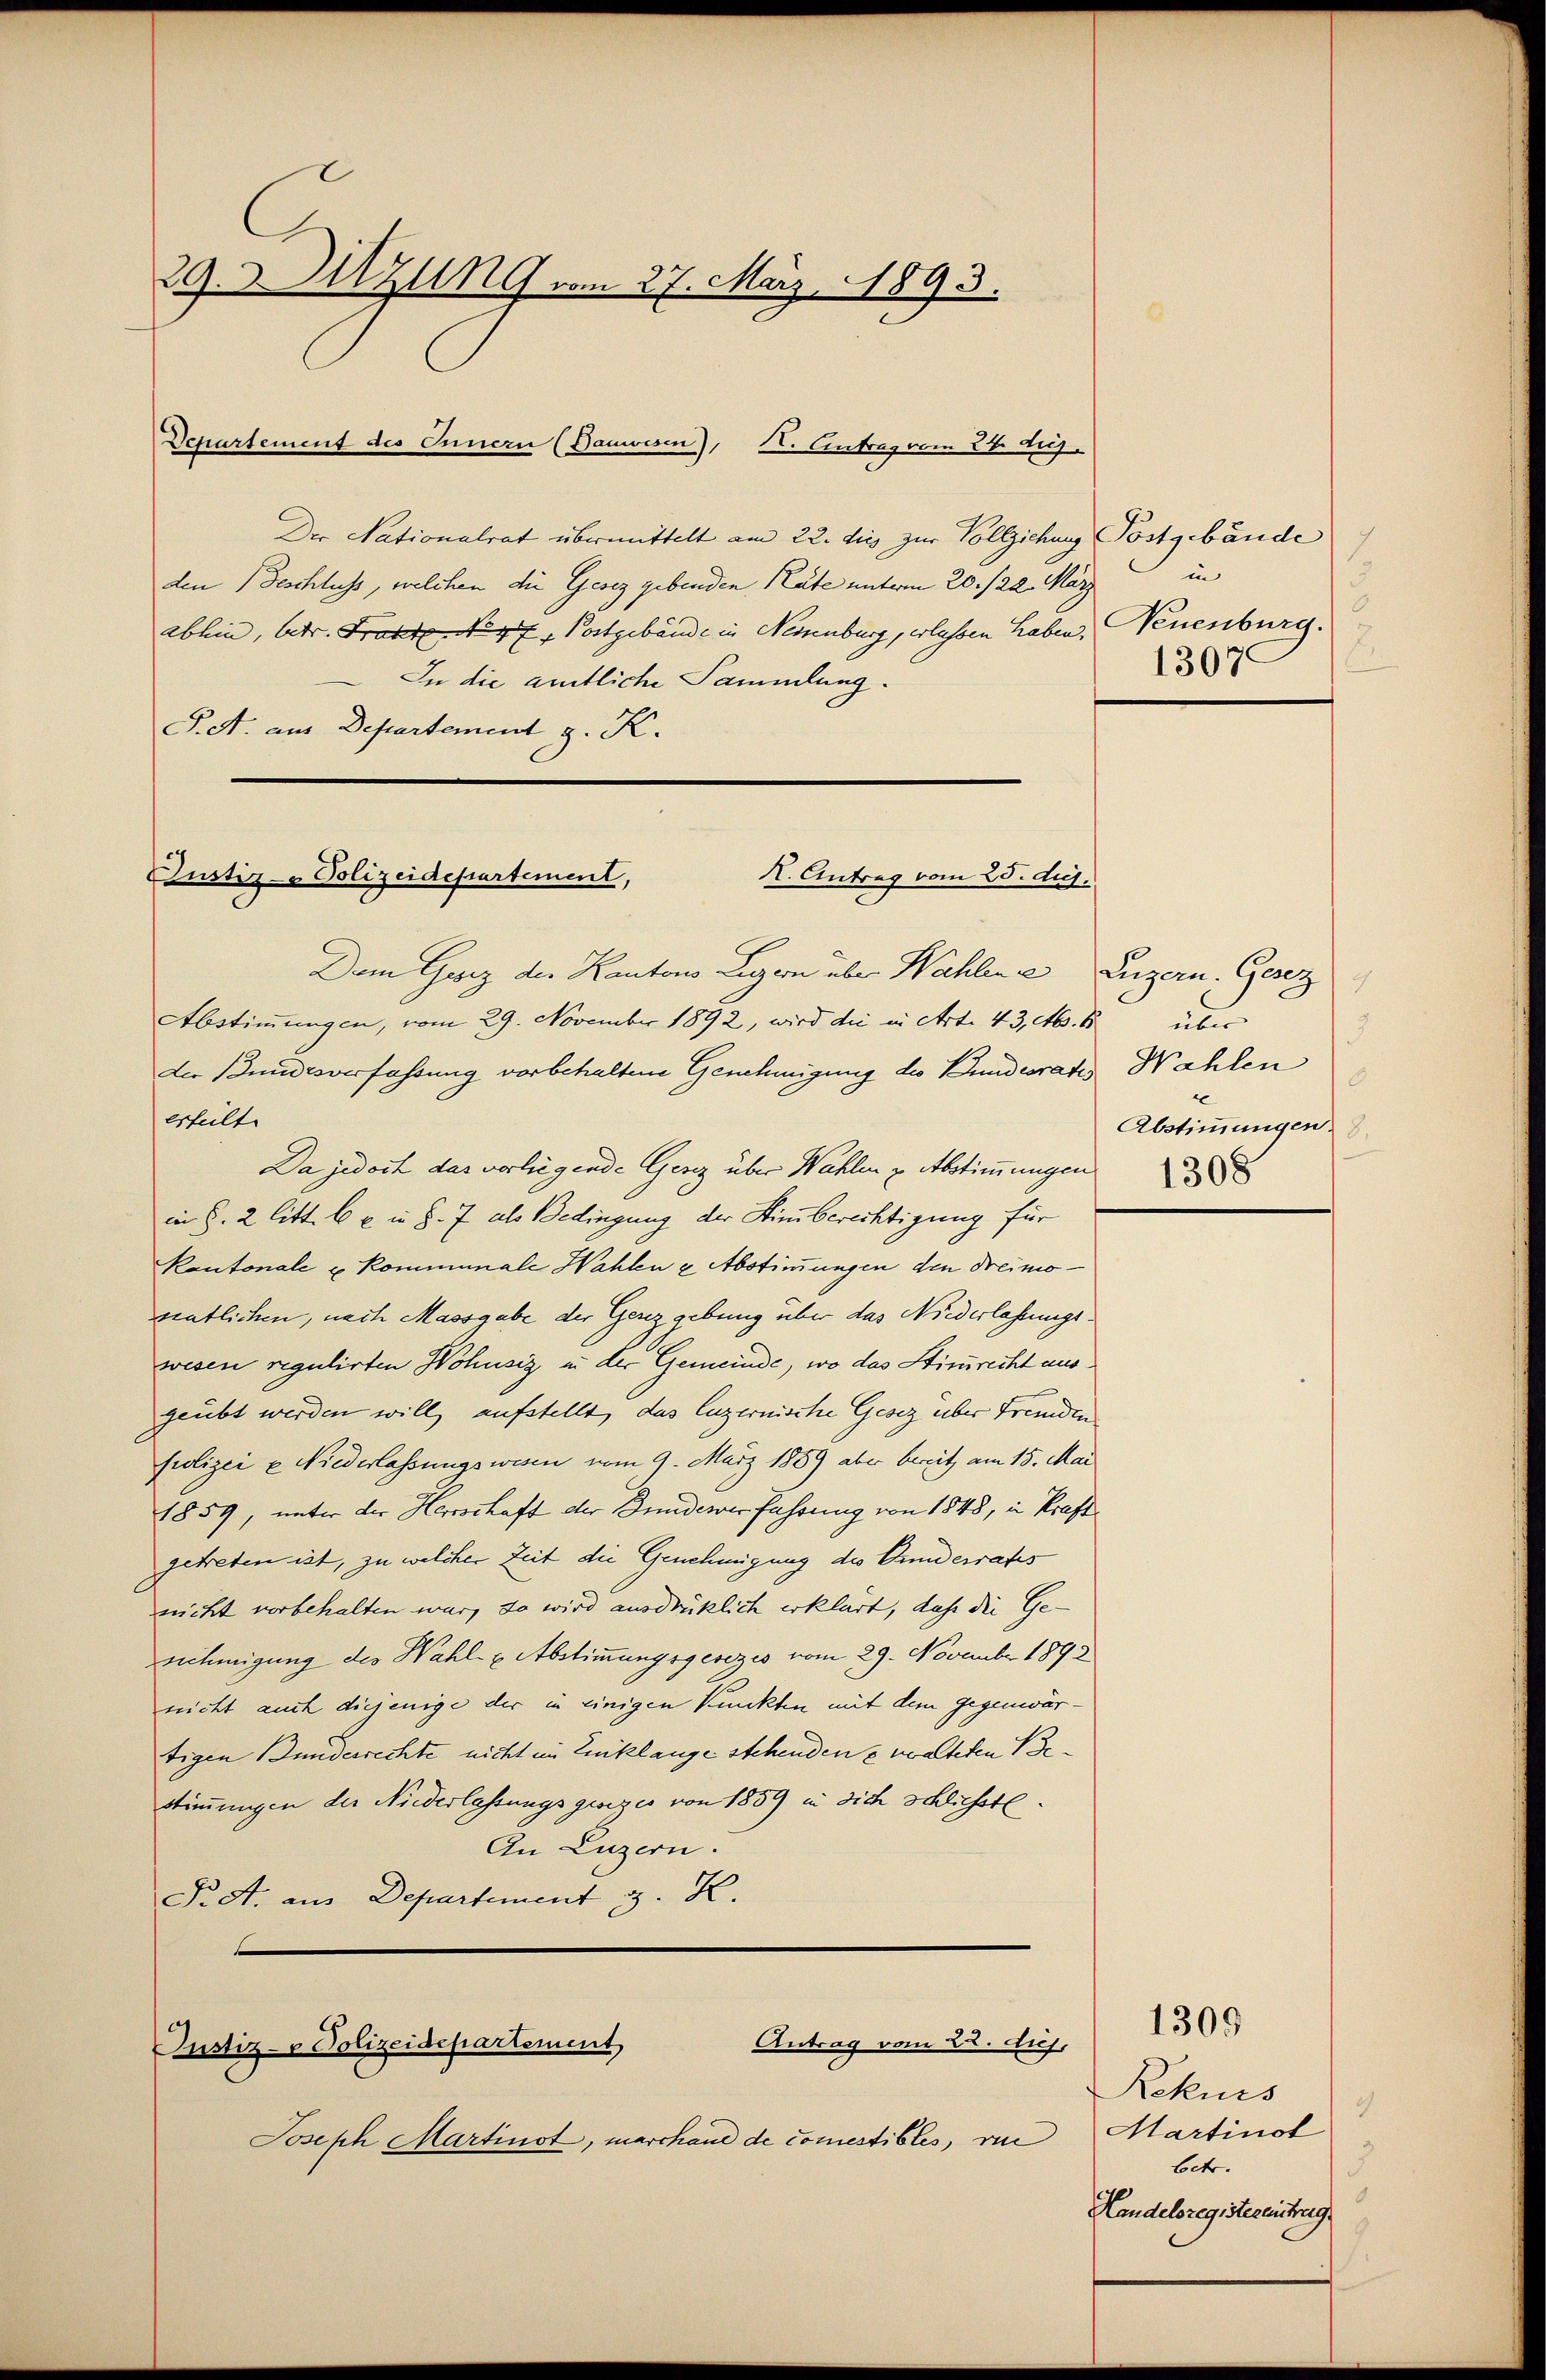
29. Sitzung vom 27. März, 1893.

Der Nationalrat übermittelt am 22. dies zur Vollziehung Postgebäude
den (Geschluss, welchen die Gesez gebenden Rate unterm 20./22. März
ablein, betr. Frost No. 97. Postgebäude in Neuenburg, erlassen haben.
In die amtliche Sammlung.
S. A. aus Departement g. K.

Departement des Innern (Bauwesen), St. Antrag vom 26. Aug.

X. Antrag vom 25. ds.
Justiz - Polizeidepartement,

Antrag vom 22. Aus,
Justiz- & Polizeidepartement

Dem Geiz der Kantons Legern über Wahlene Luzern, Gesez
Abstimmungen, vom 29. November 1892, wird die in Art. 43, Ms. b
der Bundesverfassung vorbehaltene Genehmigung des Bundesrates
erteilte
Da jedoch das vorliegende Genz über Wahlen u. Abstimmungen
in §. 2 litt. 6 u. in §. 7 als Bedingung der Himberechtigung für
Kantonale u Kommunale Wahlen & Abstimmungen den dreimosentlichen, nach Massgabe der Gerzgebung über das Niederlassungs
wesen regulirten Hohnsiz in der Gemeinde, wo das Stizurecht ausgeübt werden will, aufstellt, das Luzernische Gesez über Fremden
Polizei u Niederlassungswesen vom 9. März 1859 aber bereit, am 15. Mai
1859, unter der Herrschaft der Bunderer fahrung von 1848, in Kraft
getreten ist, zu welcher Zeit die Genehmigung des Gunderrates
nicht vorbehalten war, so wird ausdrücklich erklärt, daß die Gennehmigung des Wahl- u Abstimmungsgesezes vom 29. November 1893
nicht auch diejenige der in einigen Punkten mit dem gegenwär
tigen Bunderrechte nicht im Einklange stehenden & walteten Be¬
Stimmungen der Niederlassungsgesezes von 1859 in dich schliesste
An Luzern.
Pr. St. aus Departement z. K.

Joseph Martinot, marchaue de comestibles, vie

1
in
3
Neuenburg.
1307.

2.
un
d
Wahlen
8.
Abstimmungen.
8.
1308

1309

Rekurs
2
Martinot
betr.
3
Handelsregistereintrag